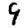
Digit: 9